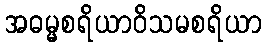
အဓမ္မစရိယာဝိသမစရိယာ